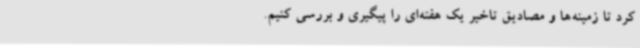
کرد تا زمینه‌ها و مصادیق تاخیر یک هفته‌ای را پیگیری و بررسی کنیم.